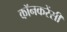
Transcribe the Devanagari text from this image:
कॉनकरेंसी